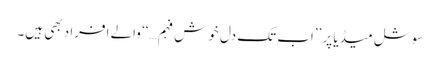
سوشل میڈیا پر ’’اب تک دل خوش فہم…‘‘ والے افراد بھی ہیں۔